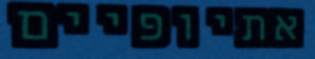
אתיופיים